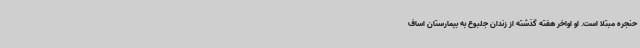
حنجره مبتلا است. او اواخر هفته گذشته از زندان جلبوع به بیمارستان اساف